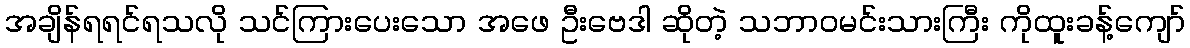
အချိန်ရရင်ရသလို သင်ကြားပေးသော အဖေ ဦးဗေဒါ ဆိုတဲ့ သဘာဝမင်းသားကြီး ကိုထူးခန့်ကျော်